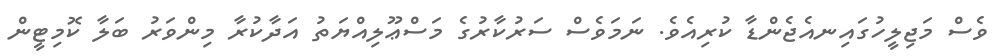
ވެސް މަޖިލީހުގައިނއެޖެންޑާ ކުރިއެވެ. ނަމަވެސް ސަރުކާރުގެ މަސްޢޫލިއްޔަތު އަދާކުރާ މިންވަރު ބަލާ ކޮމިޓީން